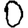
Digit: 0